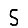
Digit: 5